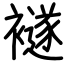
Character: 襚